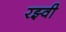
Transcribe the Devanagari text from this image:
रझ्वी